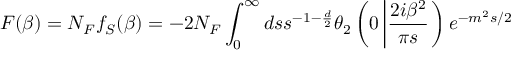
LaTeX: F ( \beta ) = N _ { F } f _ { S } ( \beta ) = - 2 N _ { F } \int _ { 0 } ^ { \infty } d s s ^ { - 1 - \frac { d } { 2 } } \theta _ { 2 } \left( 0 \left| \frac { 2 i \beta ^ { 2 } } { \pi s } \right. \right) e ^ { - m ^ { 2 } s / 2 }